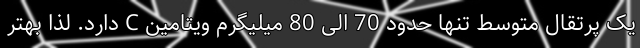
یک پرتقال متوسط تنها حدود 70 الی 80 میلیگرم ویتامین C دارد. لذا بهتر